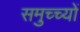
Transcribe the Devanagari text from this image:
समुच्च्यों